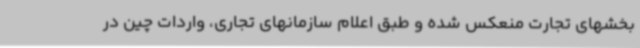
بخشهای تجارت منعکس شده و طبق اعلام سازمانهای تجاری، واردات چین در